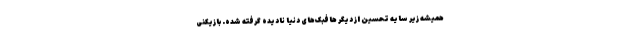
همیشه زیر سایه تحسین‌ از دیگر هافبک‌های دنیا نادیده گرفته شده. بازیکنی